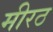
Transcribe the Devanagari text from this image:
मीरठ